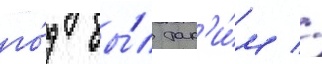
го́д бы́л так'и́м //